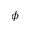
\phi